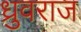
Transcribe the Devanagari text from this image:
ध्रुवराज